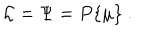
LaTeX: { \cal L } = \Psi = P \{ \mu \} \ .